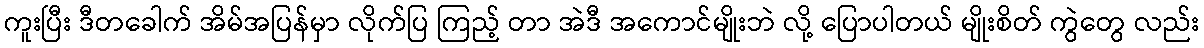
ကူးပြီး ဒီတခေါက် အိမ်အပြန်မှာ လိုက်ပြ ကြည့် တာ အဲဒီ အကောင်မျိုးဘဲ လို့ ပြောပါတယ် မျိုးစိတ် ကွဲတွေ လည်း